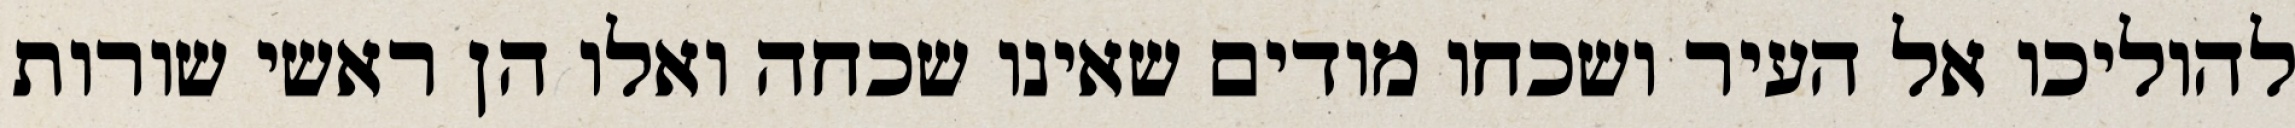
להוליכו אל העיר ושכחו מודים שאינו שכחה ואלו הן ראשי שורות